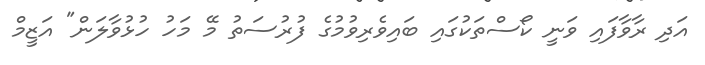
އަދި ރާވާފައި ވަނީ ކޯސްތަކުގައި ބައިވެރިވުމުގެ ފުރުސަތު މޭ މަހު ހުޅުވާލަން" އަޒީމް